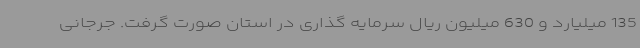
135 میلیارد و 630 میلیون ریال سرمایه گذاری در استان صورت گرفت. جرجانی